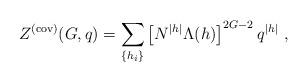
LaTeX: \begin{align*}Z^{(\rm cov)}(G,q) =\sum_{\{h_i\}} \left[ N^{|h|} \Lambda(h) \right]^{2G-2}q^{|h|}~,\end{align*}